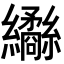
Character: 𦇹